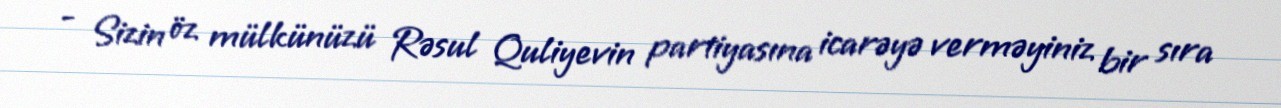
- Sizin öz mülkünüzü Rəsul Quliyevin partiyasına icarəyə verməyiniz bir sıra